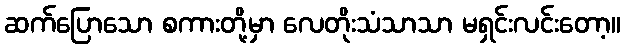
ဆက်ပြောသော စကားတို့မှာ လေတိုးသံသာသာ မရှင်းလင်းတော့။